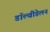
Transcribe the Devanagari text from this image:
डॉल्वीडेलन